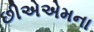
છીએએમના